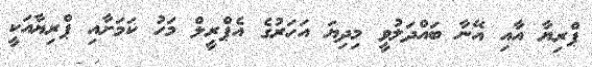
ޕްރިޔާ އާއި އޭނާ ބައްދަލުވީ މިދިޔަ އަހަރުގެ އެޕްރީލް މަހު ކަމަށާއި ޕްރިޔާއަކީ